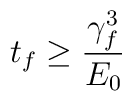
t_f \geq \frac {\gamma_f^3}{E_0}